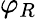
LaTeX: \varphi_{R}